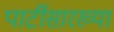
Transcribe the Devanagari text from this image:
पार्टीसारख्या